Indian journal of veterinary science and animal husbandry - Volumes 28-29, 1958-1959
Year: 1958
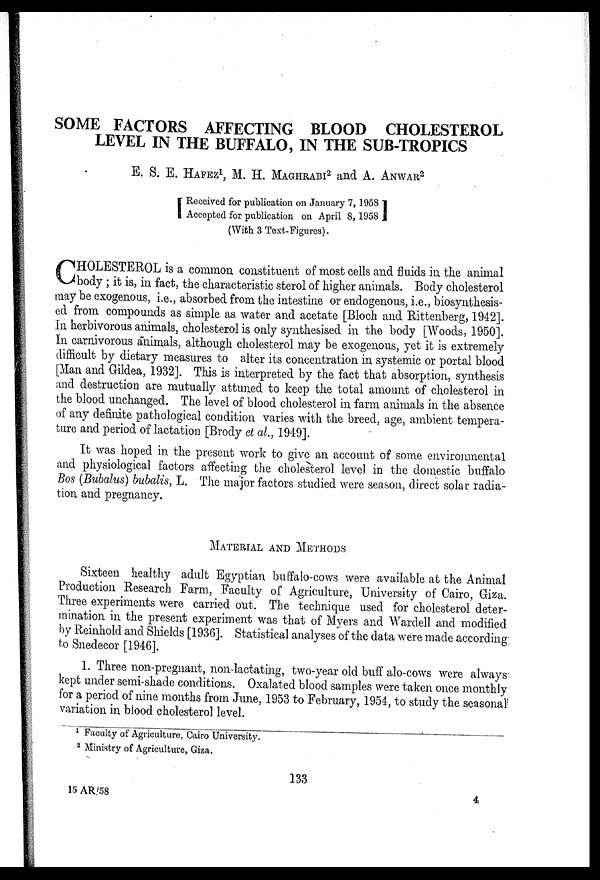
SOME FACTORS AFFECTING BLOOD CHOLESTEROL
LEVEL IN THE BUFFALO, IN THE SUB-TROPICS
E. S. E. HAFEZ 1 , M. H. MAGHRABI 2 and A. ANWAR 2
[ Received for publication on January 7, 1958
Accepted for publication on April 8, 1958]
(With 3 Text-Figures).
C HOLESTEROL is a common constituent of most cells and fluids in the animal
body ; it is, in fact, the characteristic sterol of higher animals. Body cholesterol
may be exogenous, i.e., absorbed from the intestine or endogenous, i.e., biosynthesis-
ed from compounds as simple as water and acetate [Bloch and Rittenberg, 1942].
In herbivorous animals, cholesterol is only synthesised in the body [Woods, 1950].
In carnivorous animals, although cholesterol may be exogenous, yet it is extremely
difficult by dietary measures to alter its concentration in systemic or portal blood
[Man and Gildea, 1932]. This is interpreted by the fact that absorption, synthesis
and destruction are mutually attuned to keep the total amount of cholesterol in
the blood unchanged. The level of blood cholesterol in farm animals in the absence
of any definite pathological condition varies with the breed, age, ambient tempera-
ture and period of lactation [Brody et al., 1949].
It was hoped in the present work to give an account of some environmental
and physiological factors affecting the cholesterol level in the domestic buffalo
Bos (Bubalus) bubalis, L. The major factors studied were season, direct solar radia-
tion and pregnancy.
MATERIAL AND METHODS
Sixteen healthy adult Egyptian buffalo-cows were available at the Animal
Production Research Farm, Faculty of Agriculture, University of Cairo, Giza.
Three experiments were carried out. The technique used for cholesterol deter-
mination in the present experiment was that of Myers and Wardell and modified
by Reinhold and Shields [1936]. Statistical analyses of the data were made according
to Snedecor [1946].
1. Three non-pregnant, non-lactating, two-year old buff alo-cows were always
kept under semi-shade conditions. Oxalated blood samples were taken once monthly
for a period of nine months from June, 1953 to February, 1954, to study the seasonal
variation in blood cholesterol level.
1 Faculty of Agriculture, Cairo University.
2 Ministry of Agriculture, Giza.
133
15 AR/58
4